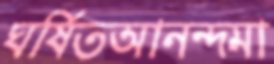
ঘর্ষিতআনন্দমা